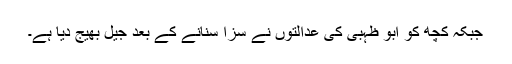
جبکہ کچھ کو ابو ظہبی کی عدالتوں نے سزا سُنانے کے بعد جیل بھیج دیا ہے۔